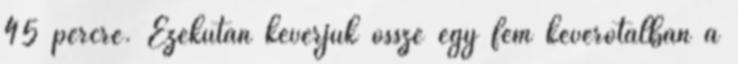
45 percre. Ezekután keverjük össze egy fém keverőtálban a